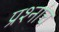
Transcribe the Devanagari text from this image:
प्रश्नांच